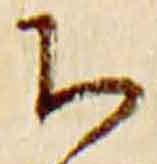
下